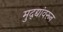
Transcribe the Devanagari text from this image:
मुद्द्यांवरून